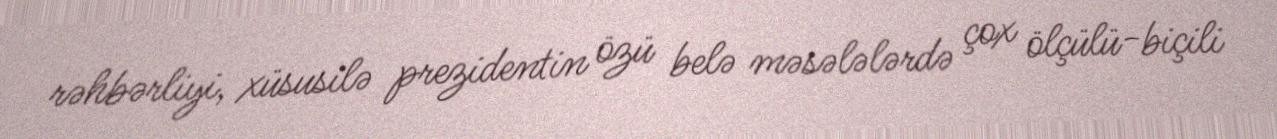
rəhbərliyi, xüsusilə prezidentin özü belə məsələlərdə çox ölçülü-biçili